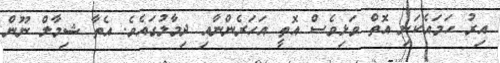
އިރު ހަމައެކަނި އޮތް ވަޅިވެސް އޮތީ އަހަރެންނާއި ދިމާލުގައެވެ. އެތާ ޝިމާލް ނޫން